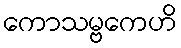
ကောသမ္ဗကေဟိ